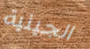
الجينية